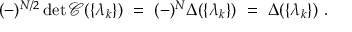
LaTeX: ( - ) ^ { N / 2 } \operatorname * { d e t } \mathcal { C } ( \{ \lambda _ { k } \} ) ~ = ~ ( - ) ^ { N } \Delta ( \{ \lambda _ { k } \} ) ~ = ~ \Delta ( \{ \lambda _ { k } \} ) ~ .